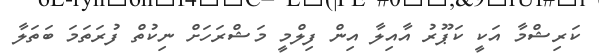
ކަރިޝްމާ އަކީ ކަޕޫރު އާއިލާ އިން ފިލްމީ މަޝްރަހަށް ނިކުތް ފުރަތަމަ ބަތަލާ